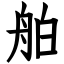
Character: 舶